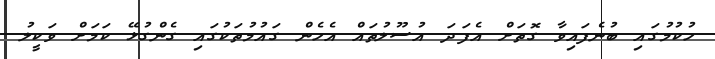
ހުކުމުގައި ބުނެފައިވާ ގޮތަށް އެފަދަ އުސޫލުތައް އެހެން ގައުމުތަކުގައި ގެންގުޅޭ ކަމަށް ވަކީލު